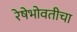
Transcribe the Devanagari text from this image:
रेषेभोवतीचा